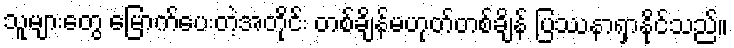
သူများတွေ မြောက်ပေးတဲ့အတိုင်း တစ်ချိန်မဟုတ်တစ်ချိန် ပြဿနာရှာနိုင်သည်။